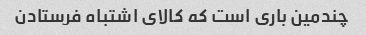
چندمین باری است که کالای اشتباه فرستادن